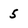
Character: 5